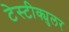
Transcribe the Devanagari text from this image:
टेस्टीक्युलर